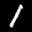
Label: 1